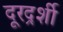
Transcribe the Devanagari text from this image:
दूरदर्र्शी